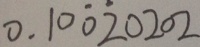
0 . 1 0 \dot { 0 } \dot { 2 } 0 2 0 2